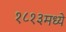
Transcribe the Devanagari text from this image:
१८१३मध्ये